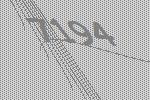
7194